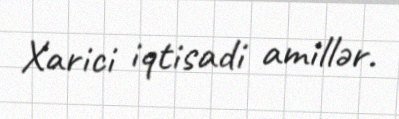
Xarici iqtisadi amillər.